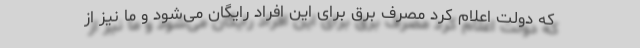
که دولت اعلام کرد مصرف برق برای این افراد رایگان می‌شود و ما نیز از